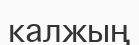
калжың